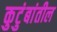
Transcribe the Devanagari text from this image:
कुटुंबांतील